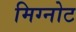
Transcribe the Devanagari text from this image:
मिग्नोट